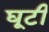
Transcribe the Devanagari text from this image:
घूटी